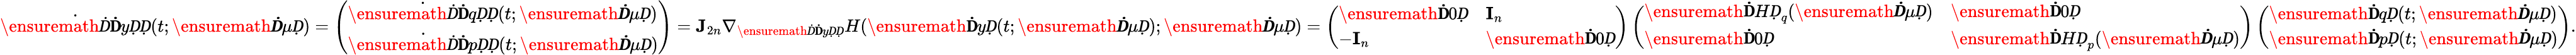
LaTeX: \dot{\ensuremath Ḋ\mathbf ḊyḌḌ}(t;\ensuremath{\boldsymbol Ḋ\mu Ḍ})=\left(\begin{array}{l}{\dot{\ensuremath Ḋ\mathbf ḊqḌḌ}(t;\ensuremath{\boldsymbol Ḋ\mu Ḍ})}\\ {\dot{\ensuremath Ḋ\mathbf ḊpḌḌ}(t;\ensuremath{\boldsymbol Ḋ\mu Ḍ})}\end{array}\right)=\mathbf J_{2n}\nabla_{\ensuremath Ḋ\mathbf ḊyḌḌ}H(\ensuremath{\mathbf ḊyḌ}(t;\ensuremath{\boldsymbol Ḋ\mu Ḍ});\ensuremath{\boldsymbol Ḋ\mu Ḍ})=\left(\begin{array}{ll}{\ensuremath{\mathbf Ḋ0Ḍ}}&{\mathbf I_{n}}\\ {-\mathbf I_{n}}&{\ensuremath{\mathbf Ḋ0Ḍ}}\end{array}\right)\left(\begin{array}{ll}{\ensuremath{\mathbf ḊHḌ}_{q}(\ensuremath{\boldsymbol Ḋ\mu Ḍ})}&{\ensuremath{\mathbf Ḋ0Ḍ}}\\ {\ensuremath{\mathbf Ḋ0Ḍ}}&{\ensuremath{\mathbf ḊHḌ}_{p}(\ensuremath{\boldsymbol Ḋ\mu Ḍ})}\end{array}\right)\left(\begin{array}{l}{\ensuremath{\mathbf ḊqḌ}(t;\ensuremath{\boldsymbol Ḋ\mu Ḍ})}\\ {\ensuremath{\mathbf ḊpḌ}(t;\ensuremath{\boldsymbol Ḋ\mu Ḍ})}\end{array}\right).